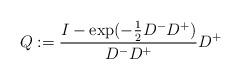
LaTeX: \begin{align*} Q:= \frac{I-\exp(-\frac{1}{2} D^- D^+)}{D^- D^+} D^+\end{align*}